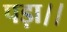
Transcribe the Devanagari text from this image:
पड़ा।।